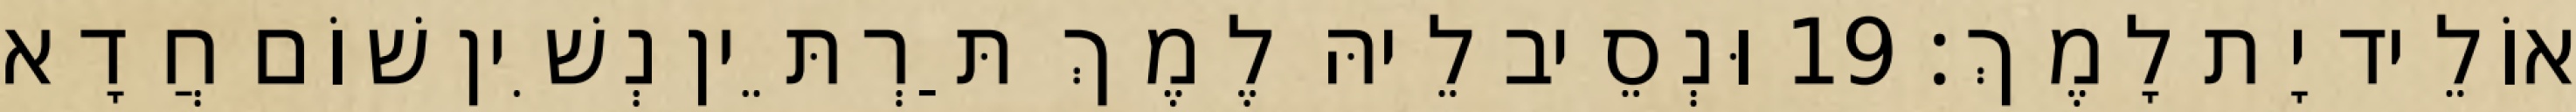
אוֹלֵיד יָת לָמֶךְ׃ 19 וּנְסֵיב לֵיהּ לֶמֶךְ תַּרְתֵּין נְשִׁין שׁוֹם חֲדָא